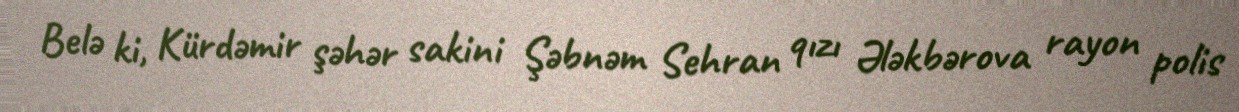
Belə ki, Kürdəmir şəhər sakini Şəbnəm Sehran qızı Ələkbərova rayon polis